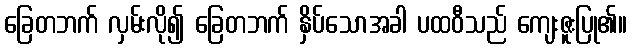
ခြေတဘက် လှမ်းလို၍ ခြေတဘက် နှိပ်သောအခါ ပထဝီသည် ကျေးဇူးပြု၏။